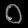
Digit: ၀